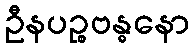
ဦနပဉ္စဗန္ဓနော